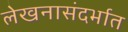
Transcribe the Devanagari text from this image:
लेखनासंदर्भात